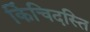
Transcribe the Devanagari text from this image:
किंचिदस्ति